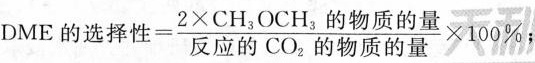
DME的选择性=\frac{2\times CH_{3}OCH_{3}的物质的量}{反应的CO_{2}的物质的量}\times 100\%;